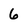
Character: 6